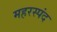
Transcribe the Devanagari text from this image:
महरस्पंद